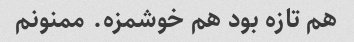
هم تازه بود هم خوشمزه. ممنونم